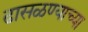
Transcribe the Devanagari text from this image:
ढासळण्याच्या